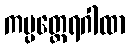
ကပ္ပတ္ထေရဂါထာ